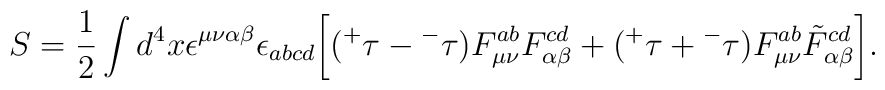
S=\frac{1}{2} \int d^{4} x \epsilon^{\mu\nu\alpha\beta} \epsilon_{abcd}\bigg[ ({^+}\tau - {^-}\tau) F^{ab}_{\mu\nu} F^{cd}_{\alpha\beta} + ({^+}\tau + {^-}\tau) F^{ab}_{\mu\nu} \tilde F^{cd}_{\alpha\beta} \bigg].